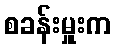
စခန်းမှူးက